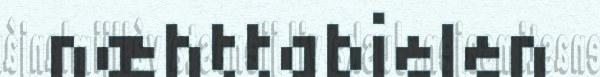
næhttabielen